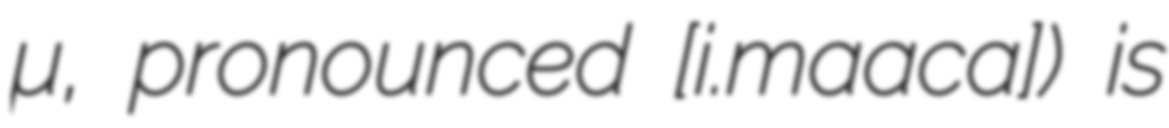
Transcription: Θυμαράκια, pronounced [θi.maˈɾaca]) is